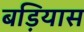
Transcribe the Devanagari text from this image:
बड़ियास